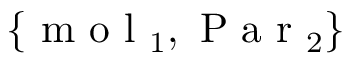
\{ \mathrm { ~ m ~ o ~ l ~ } _ { 1 } , \mathrm { ~ P ~ a ~ r ~ } _ { 2 } \}